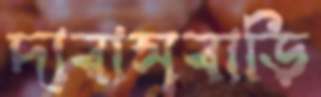
দারাসবাড়ি